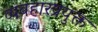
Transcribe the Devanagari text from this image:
व्यवहारप्रयुक्त